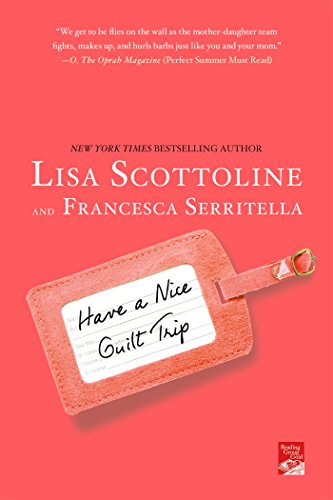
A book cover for Have a Nice Guilt Trip; Lisa Scottoline; Parenting & Relationships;